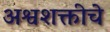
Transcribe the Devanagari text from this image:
अश्वशक्तीचे